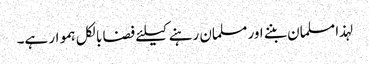
لہذا مسلمان بننے اور مسلمان رہنے کیلئے فضا بالکل ہموار ہے۔